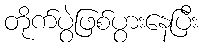
တိုက်ပွဲဖြစ်ပွားနေပြီး